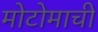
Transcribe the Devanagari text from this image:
मोटोमाची